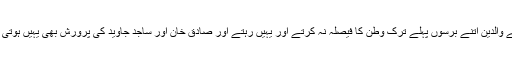
یہ بتایئے کہ اگر صادق خان اور ساجد جاوید کے والدین اتنے برسوں پہلے ترک وطن کا فیصلہ نہ کرتے اور یہیں رہتے اور صادق خان اور ساجد جاوید کی پرورش بھی یہیں ہوتی تو یہ دونوں کہاں ہوتے اور کیا کر رہے ہوتے؟